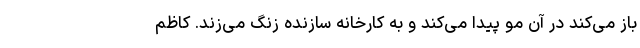
باز می‌کند در آن مو پیدا می‌کند و به کارخانه سازنده زنگ می‌زند. کاظم